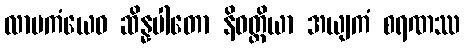
လာမကံယေဝ ဆိန္နပါတော နိဝတ္တိယာ အယျကံ စရဏဿ